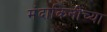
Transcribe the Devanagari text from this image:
मंदाकिनीच्या